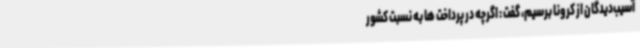
آسیب‌دیدگان از کرونا برسیم، گفت : اگرچه در پرداخت ها به نسبت کشور